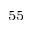
^ { 5 5 }